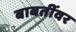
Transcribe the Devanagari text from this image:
बाबतींवर